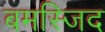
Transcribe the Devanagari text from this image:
बमस्जिद